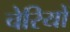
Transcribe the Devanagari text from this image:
चेरियों